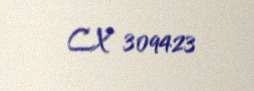
CX 309423